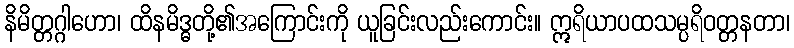
နိမိတ္တဂ္ဂါဟော၊ ထိနမိဒ္ဓတို့၏အကြောင်းကို ယူခြင်းလည်းကောင်း။ ဣရိယာပထသမ္ပရိဝတ္တနတာ၊